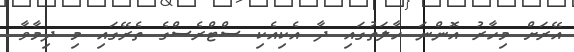
އޭރަށް މިހާރު އޮންނަ ހާލަތުގައި ދާ އެކިއެކި ސްޓްރެސްގެ ތެރޭގައި މި ދިމާވާ